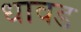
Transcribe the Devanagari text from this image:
धावड